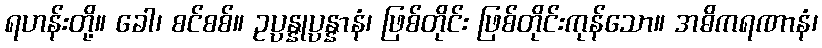
ရဟန်းတို့။ ခေါ၊ စင်စစ်။ ဥပ္ပန္နုပ္ပန္နာနံ၊ ဖြစ်တိုင်း ဖြစ်တိုင်းကုန်သော။ အဓိကရဏာနံ၊